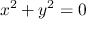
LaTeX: x ^ { 2 } + y ^ { 2 } = 0